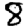
Digit: 8